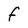
Character: f